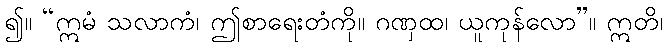
၍။ “ဣမံ သလာကံ၊ ဤစာရေးတံကို။ ဂဏှထ၊ ယူကုန်လော”။ ဣတိ၊